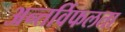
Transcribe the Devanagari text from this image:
अन्तर्विफलता